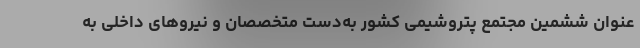
‌عنوان ششمین مجتمع پتروشیمی کشور به‌دست متخصصان و نیروهای داخلی به